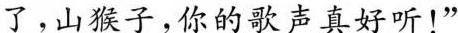
了。山猴子，你的歌声真好听！”